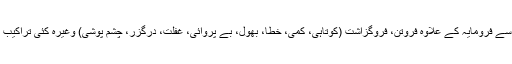
اس سے فِرومایہ کے علاوہ فِروتن، فِروگزاشت (کوتاہی، کمی، خطا، بھول، بے پروائی، غفلت، درگزر، چشم پوشی) وغیرہ کئی تراکیب ہیں۔